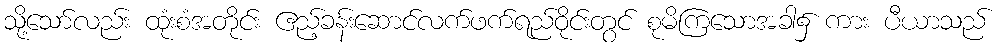
သို့သော်လည်း ထုံးစံအတိုင်း ဧည့်ခန်းဆောင်လက်ဖက်ရည်ဝိုင်းတွင် စုမိကြသောအခါ၌ ကား ပီယာသည်